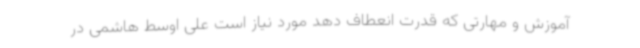
آموزش و مهارتی که قدرت انعطاف دهد مورد نیاز است علی اوسط هاشمی در